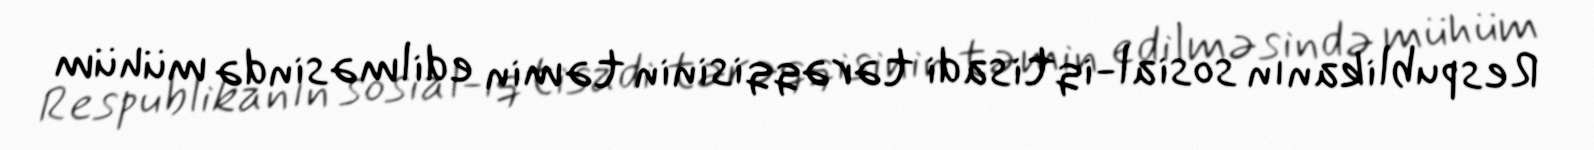
Respublikanın sosial-iqtisadi tərəqqisinin təmin edilməsində mühüm